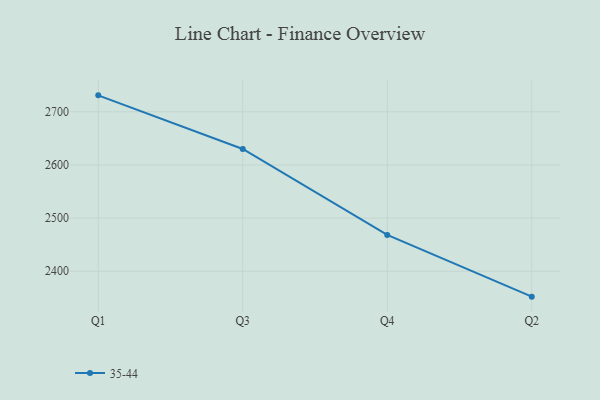
{"axis": {"x": "Quarter", "y": "Headcount"}, "legend": ["35-44"], "data": [{"x": "Q1", "y": 2730.9, "type": "35-44"}, {"x": "Q3", "y": 2630.0, "type": "35-44"}, {"x": "Q4", "y": 2468.4, "type": "35-44"}, {"x": "Q2", "y": 2352.2, "type": "35-44"}]}